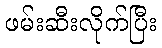
ဖမ်းဆီးလိုက်ပြီး